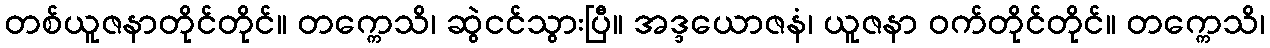
တစ်ယူဇနာတိုင်တိုင်။ တက္ကေသိ၊ ဆွဲငင်သွားပြီ။ အဒ္ဒယောဇနံ၊ ယူဇနာ ဝက်တိုင်တိုင်။ တက္ကေသိ၊